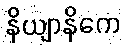
နိယျာနိကေ